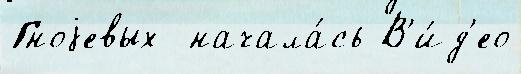
Гноjевых  начала́сь В'и́д'ео